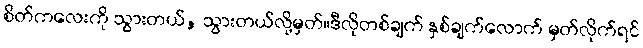
စိတ်ကလေးကို သွားတယ်, သွားတယ်လို့မှတ်။ဒီလိုတစ်ချက် နှစ်ချက်လောက် မှတ်လိုက်ရင်